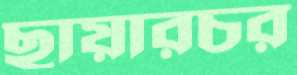
ছায়ারচর